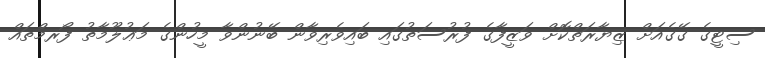
ސިޓީގެ ގޭގެއަށް ޒިޔާރަތްކޮށް ވަޒީފާގެ ފުރުސަތުގައި ބައިވެރިވާން ބޭނުންވާ މީހުންގެ މަޢުލޫމާތު ފޯރމްތައް